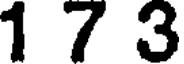
1 7 3